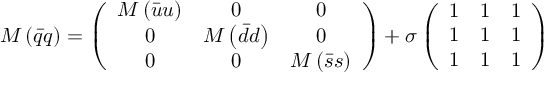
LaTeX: M \left( \bar { q } q \right) = \left( \begin{array} { c c c } { { M \left( \bar { u } u \right) } } & { { 0 } } & { { 0 } } \\ { { 0 } } & { { M \left( \bar { d } d \right) } } & { { 0 } } \\ { { 0 } } & { { 0 } } & { { M \left( \bar { s } s \right) } } \end{array} \right) + \sigma \left( \begin{array} { c c c } { { 1 } } & { { 1 } } & { { 1 } } \\ { { 1 } } & { { 1 } } & { { 1 } } \\ { { 1 } } & { { 1 } } & { { 1 } } \end{array} \right)